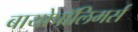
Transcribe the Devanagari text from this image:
बायोपॉलिमर्स